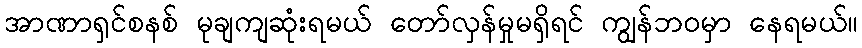
အာဏာရှင်စနစ် မုချကျဆုံးရမယ် တော်လှန်မှုမရှိရင် ကျွန်ဘ၀မှာ နေရမယ်။